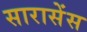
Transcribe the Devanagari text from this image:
सारासेंस